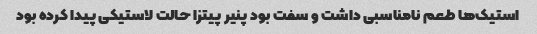
استیک‌ها طعم نامناسبی داشت و سفت بود پنیر پیتزا حالت لاستیکی پیدا کرده بود